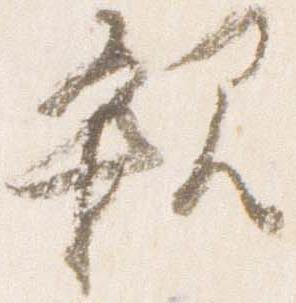
親